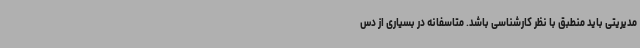
مدیریتی باید منطبق با نظر کارشناسی باشد. متاسفانه در بسیاری از دس